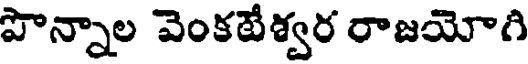
పొన్నాల వెంకటేశ్వర రాజయోగి